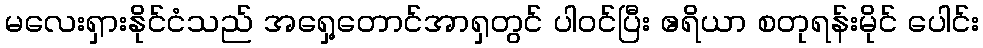
မလေးရှားနိုင်ငံသည် အရှေ့တောင်အာရှတွင် ပါဝင်ပြီး ဧရိယာ စတုရန်းမိုင် ပေါင်း